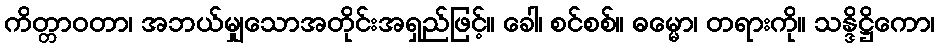
ကိတ္တာဝတာ၊ အဘယ်မျှသောအတိုင်းအရှည်ဖြင့်။ ခေါ၊ စင်စစ်။ ဓမ္မော၊ တရားကို။ သန္ဒိဋ္ဌိကော၊